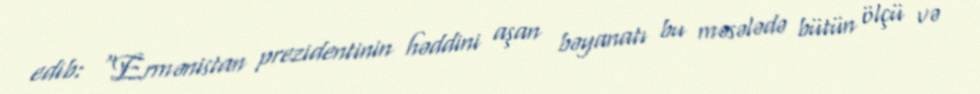
edib: “Ermənistan prezidentinin həddini aşan bəyanatı bu məsələdə bütün ölçü və